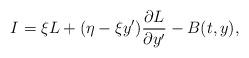
LaTeX: \begin{align*}I=\xi{L}+(\eta-\xi y')\frac{\partial{L}}{\partial{y'}}-B(t,y),\end{align*}